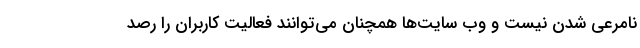
نامرعی شدن نیست و وب سایت‌‌ها همچنان می‌توانند فعالیت کاربران را رصد